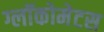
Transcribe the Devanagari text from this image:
ग्लॉकोमेटस